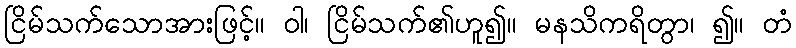
ငြိမ်သက်သောအားဖြင့်။ ဝါ၊ ငြိမ်သက်၏ဟူ၍။ မနသိကရိတွာ၊ ၍။ တံ